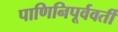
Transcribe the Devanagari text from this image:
पाणिनिपूर्ववर्ती